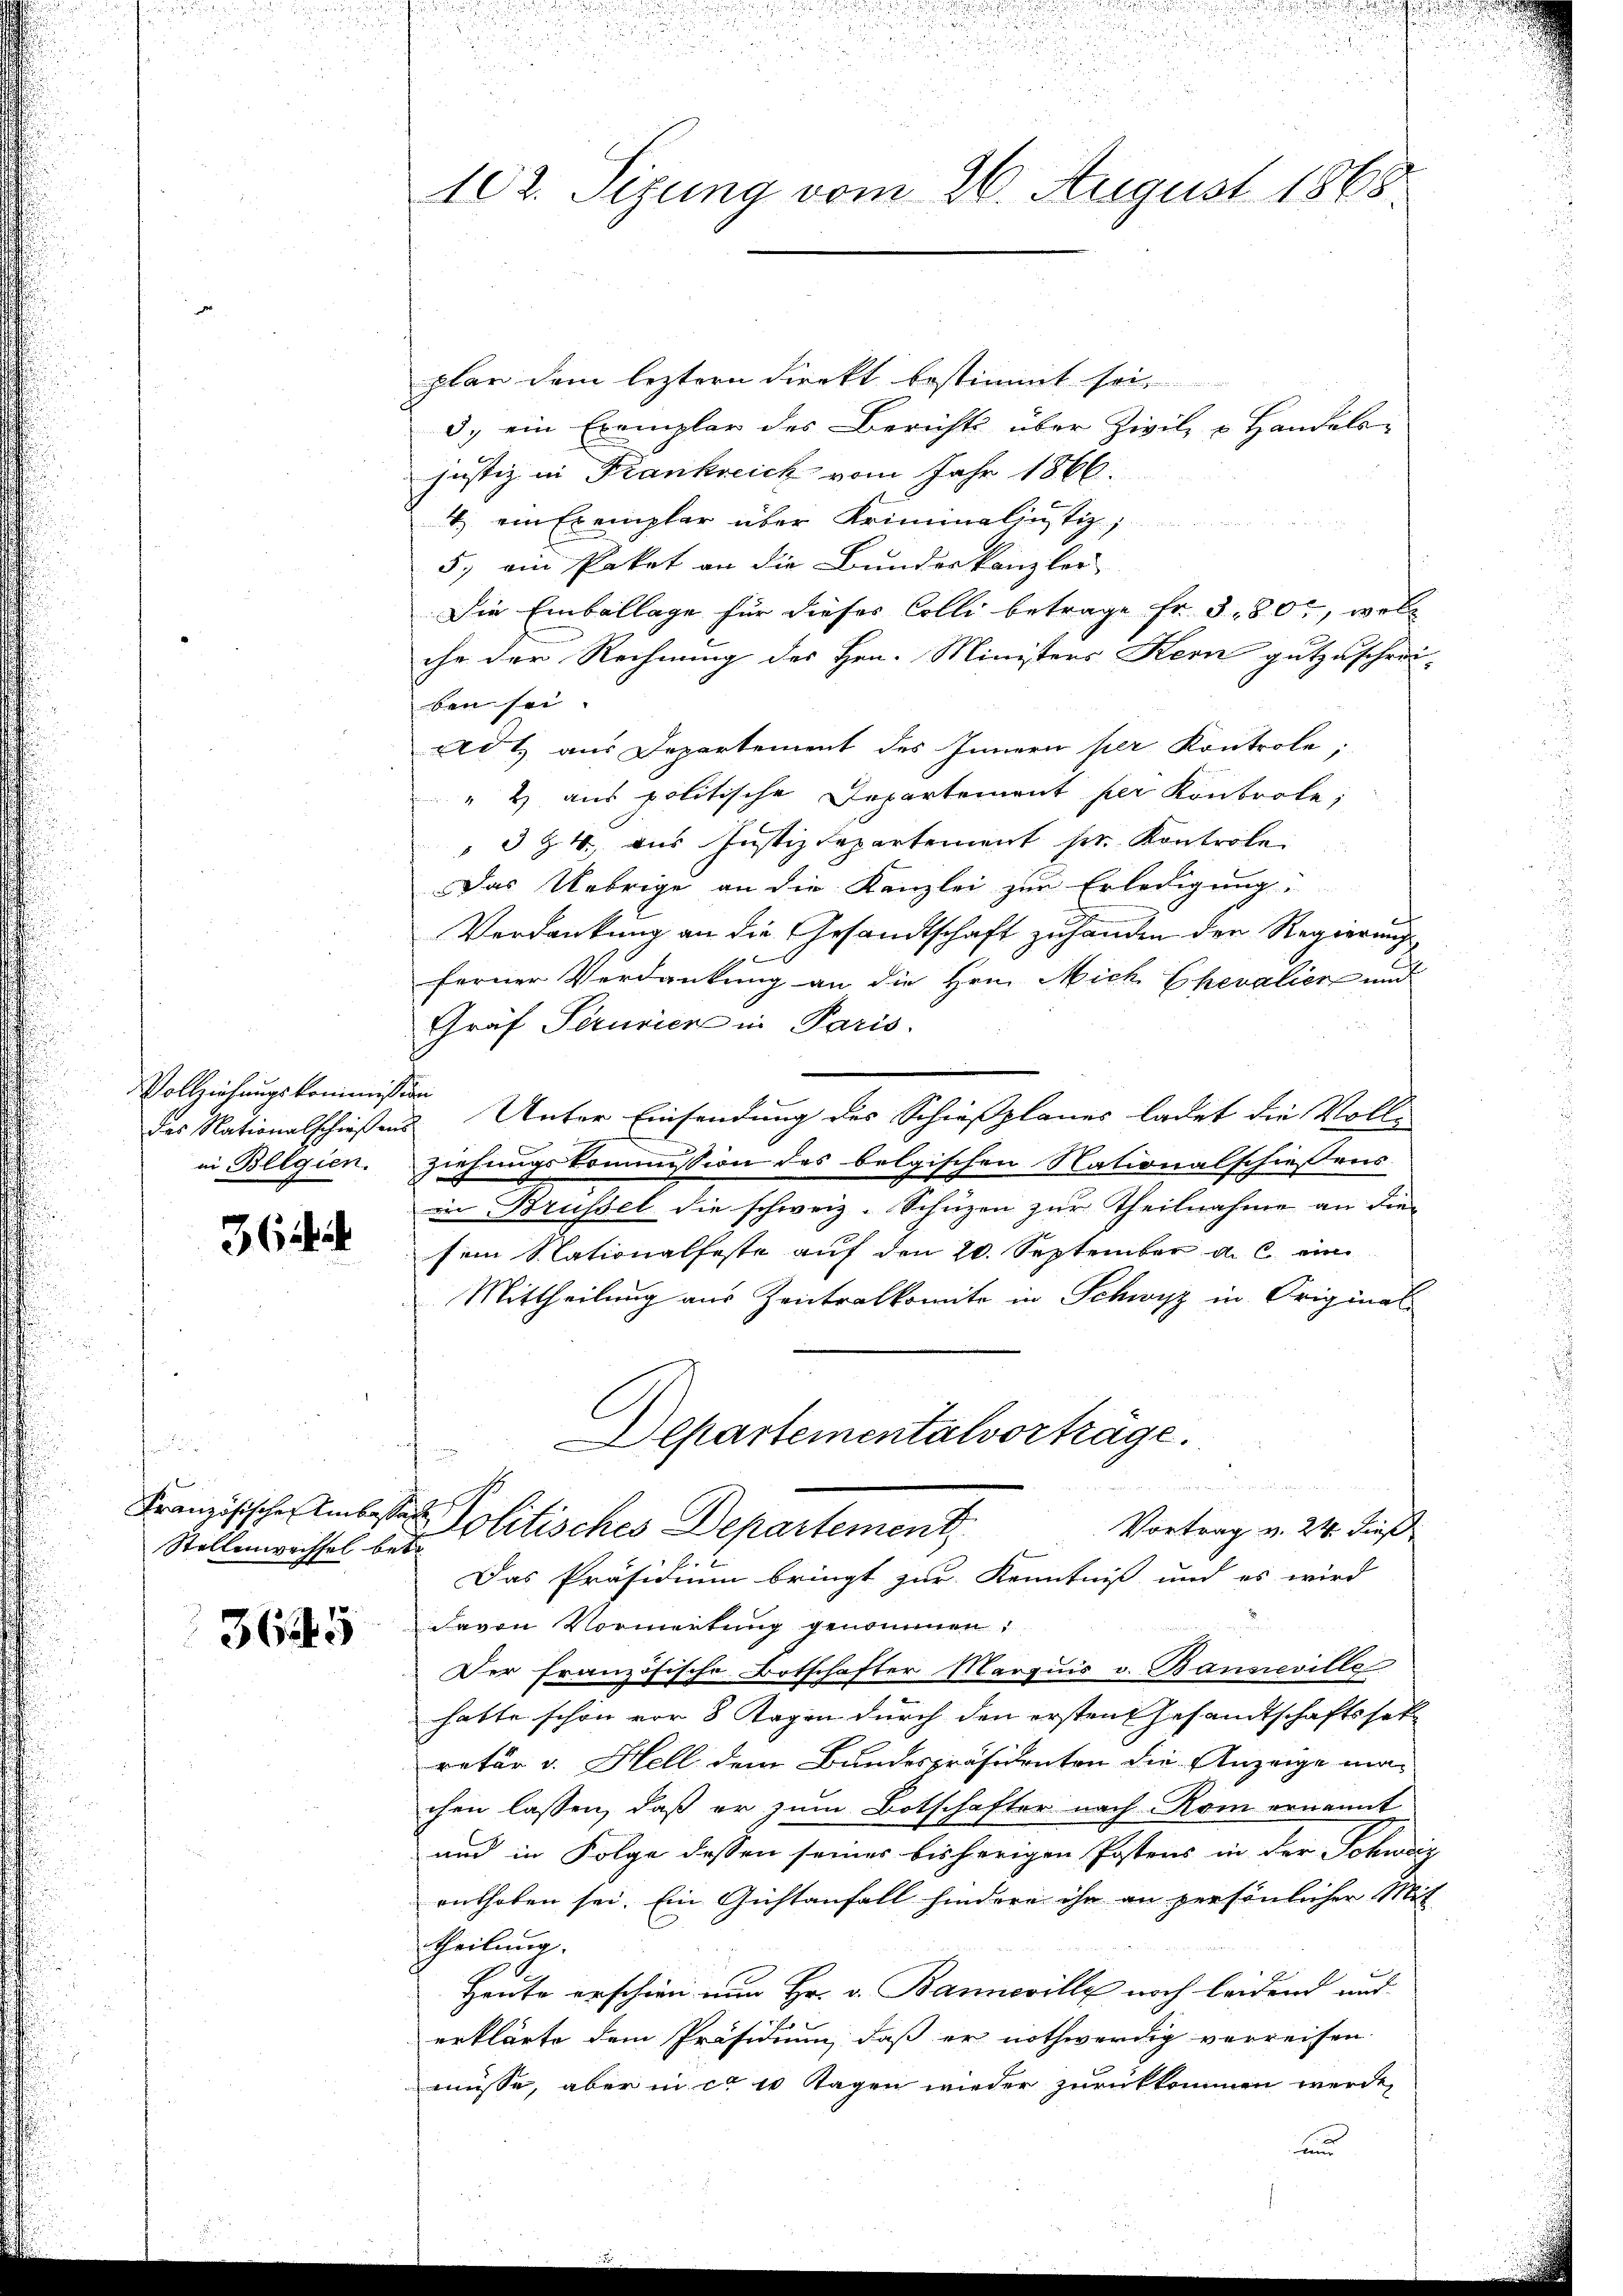
Vollziehungskommission

364

n
Stellenweissel betr

365

plar dem leztern Direkt bestimmt sei,
3. ein Exemplar des Bericht über Zivil, u. Handels-
justiz in Frankreich vom Jahr 1866.
4.) ein Exemplar über Kriminaliustiz,
5.) ein Paket an die Bundeskanzlei
Die Einballage für dieses Colli betrage Fr. 380, welc
che der Rechnung des Hrn. Ministers Kern gutzuschrei-
ben sei.
Ad 1) aus Departement des Innern per Kontrole,
" 2 aus politische Departement per Kontrole,
3 Z. 4 aus Justizdepartement pr. Kontrole.
Das Uebrige an die Kanzlei zur Erledigung
Verdankung an die Gesandtschaft zu handen der Regierung
t
ferner Verdankung an die Hrn. Mich Ehevalien und
Graf Struvier in Paris.
das Nationalschießens Unter Einsendung des Schießplanes ladet die Voll-
in Belgien. Ziehungskommission des belgischen Nationalschiessens
in Brüssel die schweiz. Schüzen zur Theilnahme an die
sem Stationalfeste auf den 20. September a. c. ein
Mittheilung aus Zentralkomite in Schwyz in Original
Departementalvorträge.
n
Französische Amber Politisches Departement
Vortrag v. 24. dieß
Das Präsidium bringt zur Kenntniß und es wird
davon Vormerkung genommen,
Der französische Botschafter Marquis v. Bansreville
hatte schön vor 8 Tagen durch den ersten Gesandtschaftssetz
retär v. Hell dem Bundespräsidenten die Anzeige machen lassen, daß er zum Botschafter nach Rom ernannt
und in Folge dessen seines bisherigen Postens in der Schweiz
enthoben sei. Ein Gichtanfall hindere ihn an persönlicher Mit
theilung.
Heute erschien nun Hr. v. Banneville noch leidend und
erklärte dem Präsidium, daß er nothwendig verreisen
müsse, aber in ca 10 Tagen wieder zurückkommen werde,
und

102. Sizung vom 26. August 1868.

.